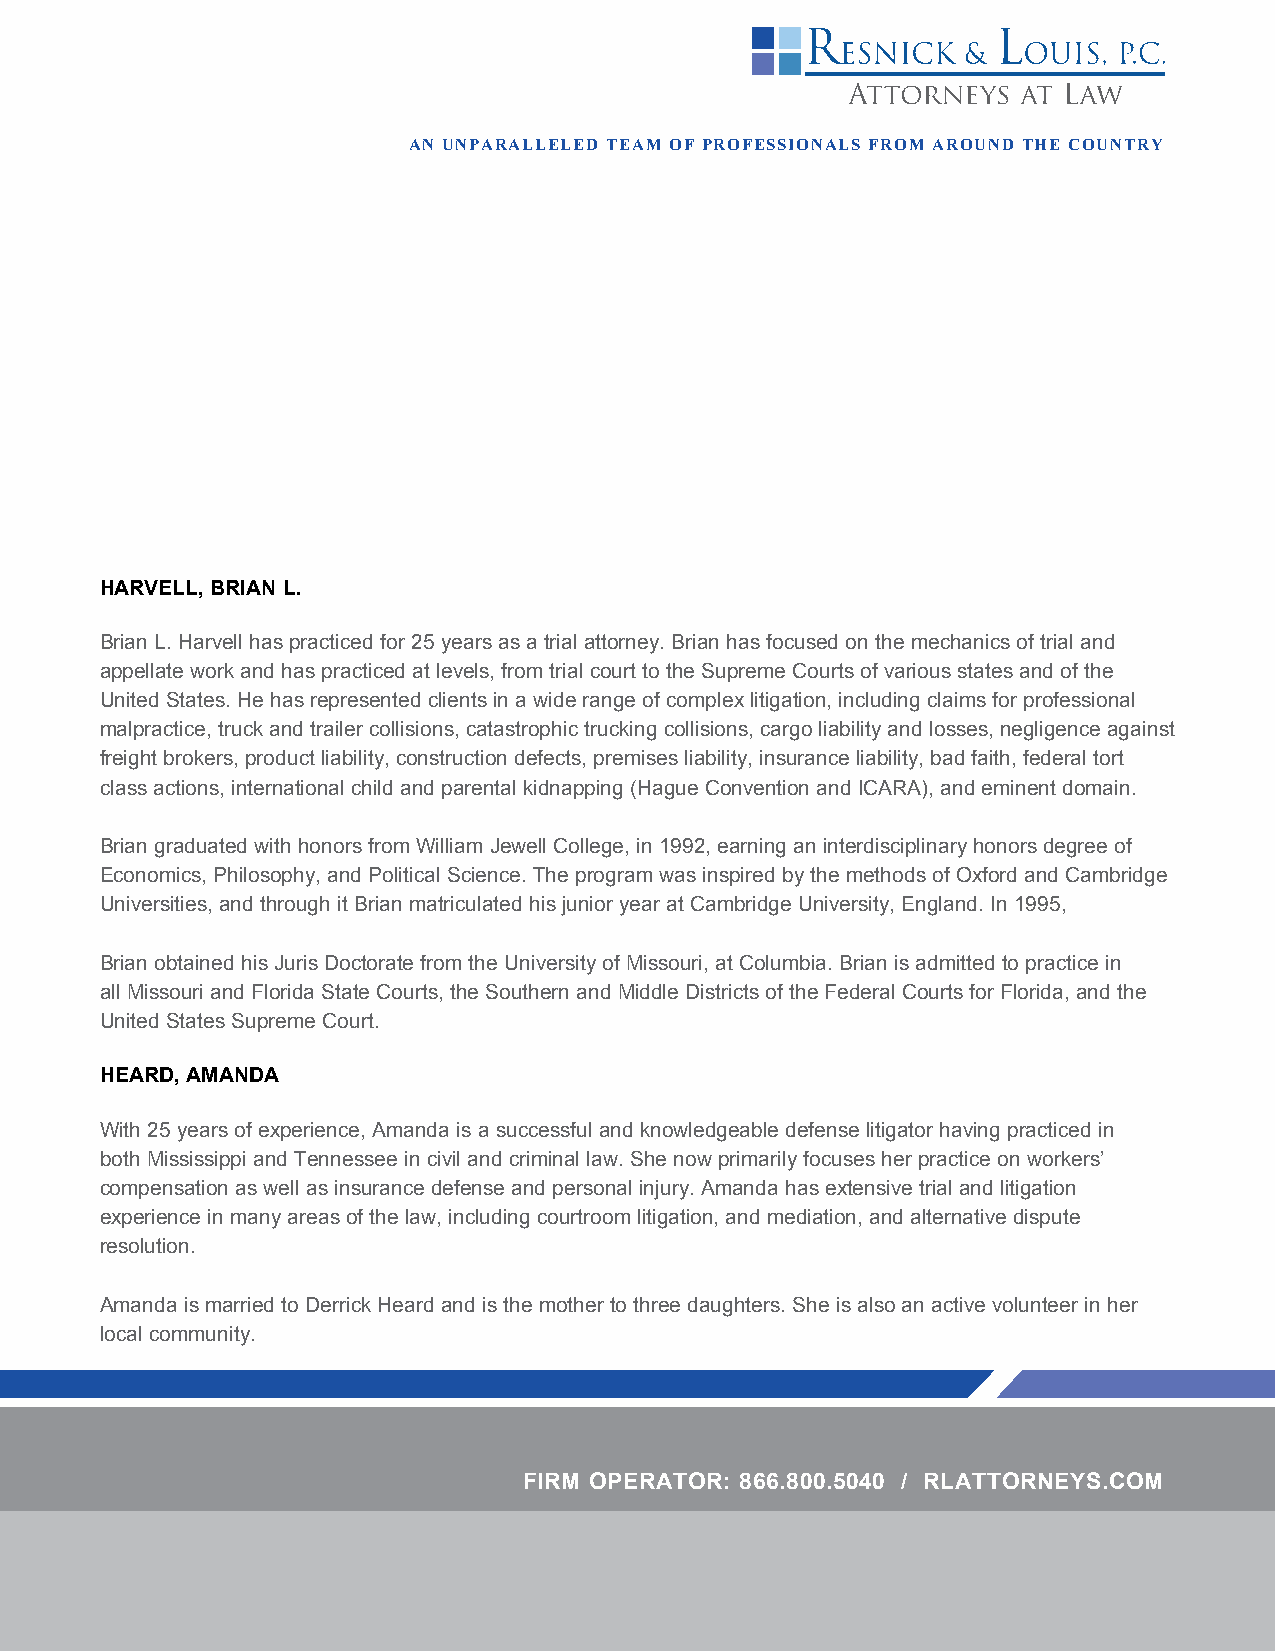
AN UNPARALLELED TEAM OF PROFESSIONALS FROM AROUND THE COUNTRY
 HARVELL, BRIAN L.
 Brian L. Harvell has practiced for 25 years as a trial attorney. Brian has focused on the mechanics of trial and
 appellate work and has practiced at levels, from trial court to the Supreme Courts of various states and of the
 United States. He has represented clients in a wide range of complex litigation, including claims for professional
 malpractice, truck and trailer collisions, catastrophic trucking collisions, cargo liability and losses, negligence against
 freight brokers, product liability, construction defects, premises liability, insurance liability, bad faith, federal tort
 class actions, international child and parental kidnapping (Hague Convention and ICARA), and eminent domain.
 Brian graduated with honors from William Jewell College, in 1992, earning an interdisciplinary honors degree of
 Economics, Philosophy, and Political Science. The program was inspired by the methods of Oxford and Cambridge
 Universities, and through it Brian matriculated his junior year at Cambridge University, England. In 1995,
 Brian obtained his Juris Doctorate from the University of Missouri, at Columbia. Brian is admitted to practice in
 all Missouri and Florida State Courts, the Southern and Middle Districts of the Federal Courts for Florida, and the
 United States Supreme Court.
 HEARD, AMANDA
 With 25 years of experience, Amanda is a successful and knowledgeable defense litigator having practiced in
 both Mississippi and Tennessee in civil and criminal law. She now primarily focuses her practice on workers’
 compensation as well as insurance defense and personal injury. Amanda has extensive trial and litigation
 experience in many areas of the law, including courtroom litigation, and mediation, and alternative dispute
 resolution.
 Amanda is married to Derrick Heard and is the mother to three daughters. She is also an active volunteer in her
 local community.
 FIRM OPERATOR: 866.800.5040 / RLATTORNEYS.COM